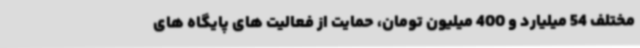
مختلف 54 میلیارد و 400 میلیون تومان، حمایت از فعالیت های پایگاه های